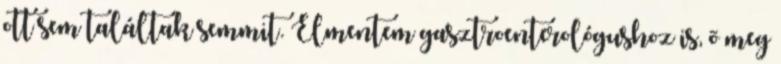
ott sem találtak semmit. Elmentem gasztroenterológushoz is, õ meg